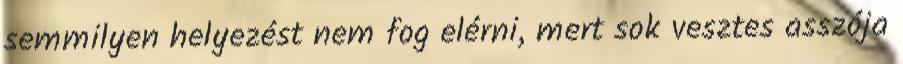
semmilyen helyezést nem fog elérni, mert sok vesztes asszója